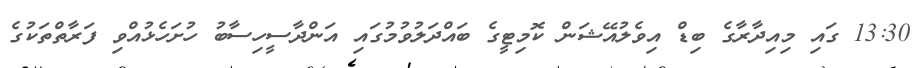
13:30 ގައި މިއިދާރާގެ ބިޑް އިވެލުއޭޝަން ކޮމިޓީގެ ބައްދަލުވުމުގައި އަންދާސީހިސާބު ހުށަހެޅުއްވި ފަރާތްތަކުގެ